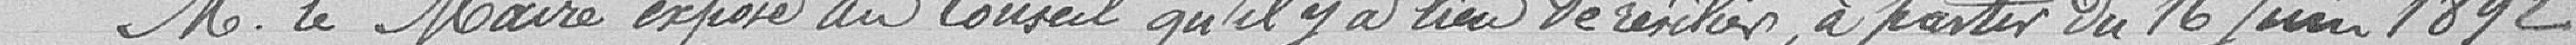
M. le maire expose au conseil qu'il y a lieu de résilier, à partir du 16 juin 1892,